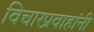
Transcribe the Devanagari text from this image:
विचारप्रवाहांनी